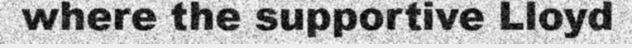
where the supportive Lloyd